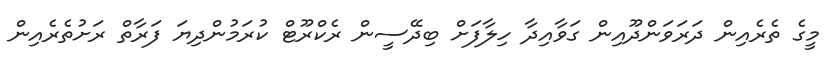
މީގެ ތެރެއިން ދަރަވަންދޫއިން ގަވާއިދާ ހިލާފަށް ބިދޭސީން ރެކްރޫޓް ކުރަމުންދިޔަ ފަރާތް ރަށުތެރެއިން